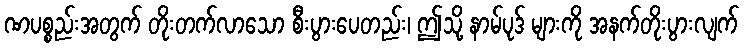
ဏပစ္စည်းအတွက် တိုးတက်လာသော စီးပွားပေတည်း၊ ဤသို့ နာမ်ပုဒ် များကို အနက်တိုးပွားလျက်